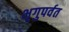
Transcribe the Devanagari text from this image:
भृगुपर्वत